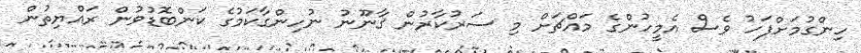
ހިންގުމަށްފަހު ވެސް އެމީހުންގެ މައްޗަށް މި ސަރުކާރުން ޤާނޫނު ނުހިންގާކަމުގެ ކަންބޮޑުވުން ރައްޔިތުން